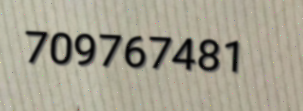
709767481